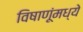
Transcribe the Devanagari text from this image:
विषाणूंमध्ये